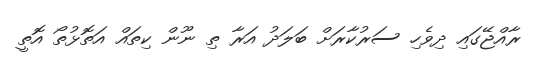
ރާއްޖޭގައި ދިވެހި ސަރުކާރަށް ބަލަދު އަރާ ތި ނޫން ކިތައް އަތޮޅުތޯ އޮތީ